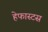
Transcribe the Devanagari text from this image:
हेफास्टस